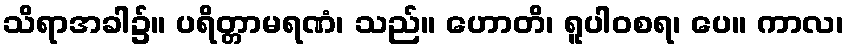
သိရာအခါ၌။ ပရိတ္တာမရဏံ၊ သည်။ ဟောတိ၊ ရူပါဝစရ၊ ပေ။ ကာလ၊